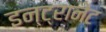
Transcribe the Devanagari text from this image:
इन्ट्रानेट